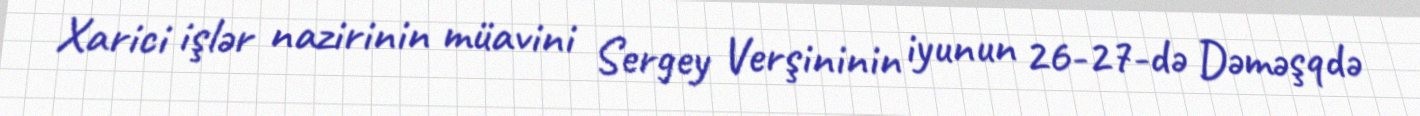
Xarici işlər nazirinin müavini Sergey Verşininin iyunun 26-27-də Dəməşqdə